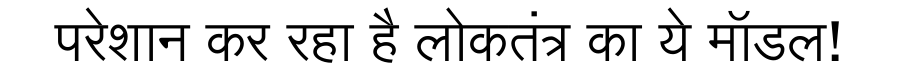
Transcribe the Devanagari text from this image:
परेशान कर रहा है लोकतंत्र का ये मॉडल!